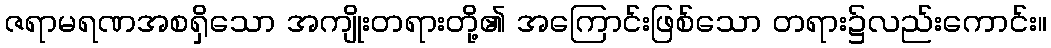
ဇရာမရဏအစရှိသော အကျိုးတရားတို့၏ အကြောင်းဖြစ်သော တရား၌လည်းကောင်း။